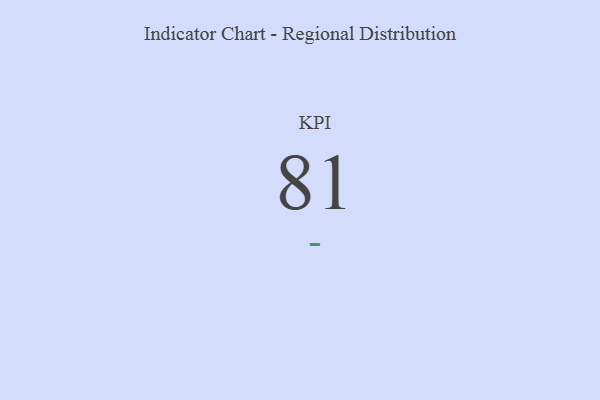
{"axis": {"x": "KPI", "y": "Value"}, "legend": [""], "data": [{"x": "KPI", "y": 81, "type": ""}]}